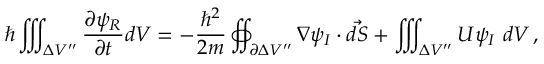
\hbar \iiint _ { \Delta V ^ { \prime \prime } } \frac { \partial \psi _ { R } } { \partial t } d V = - \frac { \hbar ^ { 2 } } { 2 m } \oiint _ { \partial \Delta V ^ { \prime \prime } } \nabla \psi _ { I } \cdot \vec { d S } + \iiint _ { \Delta V ^ { \prime \prime } } U \psi _ { I } \ d V \, ,